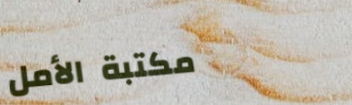
مكتبة الأمل